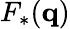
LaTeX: F_{*}(\mathbf{q})